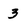
Character: 3